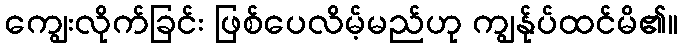
ကျွေးလိုက်ခြင်း ဖြစ်ပေလိမ့်မည်ဟု ကျွန်ုပ်ထင်မိ၏။